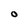
Character: 0